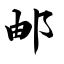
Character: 邮